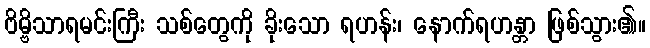
ဗိမ္ဗိသာရမင်းကြီး သစ်တွေကို ခိုးသော ရဟန်း၊ နောက်ရဟန္တာ ဖြစ်သွား၏။